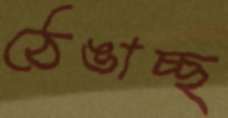
ঠেঙাচ্ছ